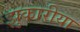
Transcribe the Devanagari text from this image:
झुकारीया